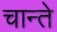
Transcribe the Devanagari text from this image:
चान्ते